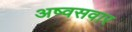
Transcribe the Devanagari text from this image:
अष्वसवार